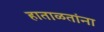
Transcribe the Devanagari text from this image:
हाताळतांना